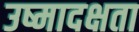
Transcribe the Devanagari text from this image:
उष्मादक्षता